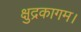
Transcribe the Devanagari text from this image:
क्षुद्रकागम।